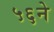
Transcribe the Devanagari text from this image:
५६ने